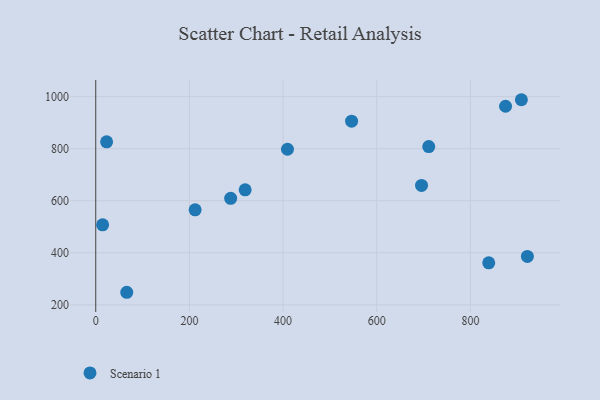
{"axis": {"x": "Speed", "y": "Rating"}, "legend": ["Scenario 1"], "data": [{"x": "319.0", "y": 642.2, "type": "Scenario 1"}, {"x": "839.1", "y": 361.5, "type": "Scenario 1"}, {"x": "288.1", "y": 609.2, "type": "Scenario 1"}, {"x": "212.2", "y": 565.2, "type": "Scenario 1"}, {"x": "695.6", "y": 659.0, "type": "Scenario 1"}, {"x": "711.0", "y": 808.2, "type": "Scenario 1"}, {"x": "409.4", "y": 797.8, "type": "Scenario 1"}, {"x": "908.8", "y": 988.1, "type": "Scenario 1"}, {"x": "546.3", "y": 905.9, "type": "Scenario 1"}, {"x": "875.0", "y": 963.0, "type": "Scenario 1"}, {"x": "14.7", "y": 507.7, "type": "Scenario 1"}, {"x": "66.2", "y": 248.5, "type": "Scenario 1"}, {"x": "23.2", "y": 826.3, "type": "Scenario 1"}, {"x": "921.6", "y": 386.3, "type": "Scenario 1"}]}